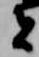
者